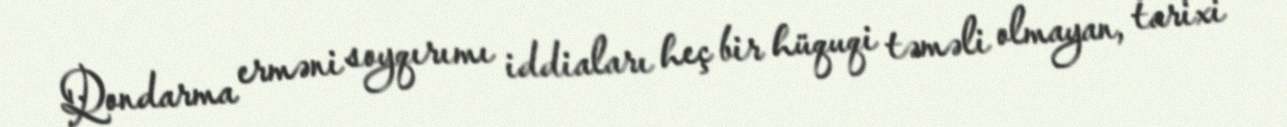
Qondarma erməni soyqırımı iddiaları heç bir hüquqi təməli olmayan, tarixi